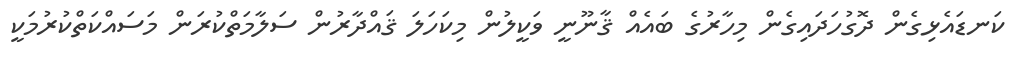
ކަނޑައެޅިގެން ދޮގުހަދައިގެން މިހާރުގެ ބައެއް ޤާނޫނީ ވަކީލުން މިކަހަލަ ޤައްދާރުން ސަލާމަތްކުރަން މަސައްކަތްކުރުމަކީ